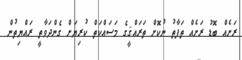
ރަށެއް ބޮޑު ރަށެއް ތަފާތު ނުކޮށް ތަރައްޤީގެ މަސައްކަތް ކުރިޔަށް ގެންދަވާތީ ރައްޔިތުން